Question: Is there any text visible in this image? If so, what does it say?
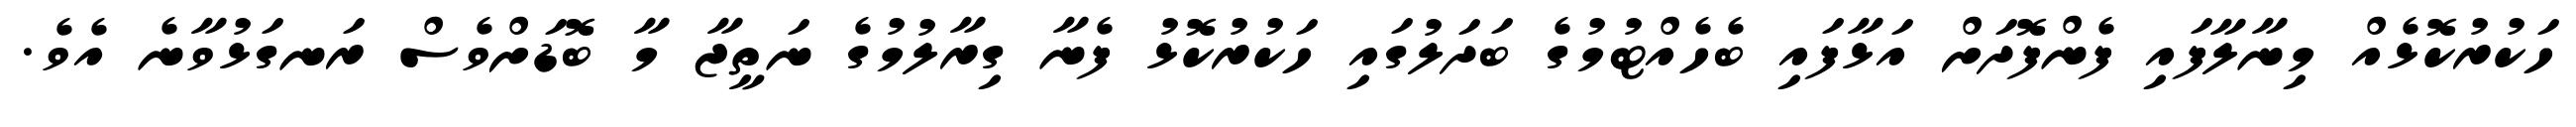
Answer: ހަކުރުކޮޅެއް މިނާލާފައި ފެންފޮދަށް އަޅާފައި ބެހެއްޓުމުގެ ބަދަލުގައި ހަކުރުކޮޅު ފެނާ ގިރާލުމުގެ ނަތީޖާ މާ ބޮޑަށްވެސް ރަނގަޅުވާނެ އެވެ.